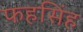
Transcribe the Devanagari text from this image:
फहसिंह